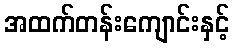
အထက်တန်းကျောင်းနှင့်